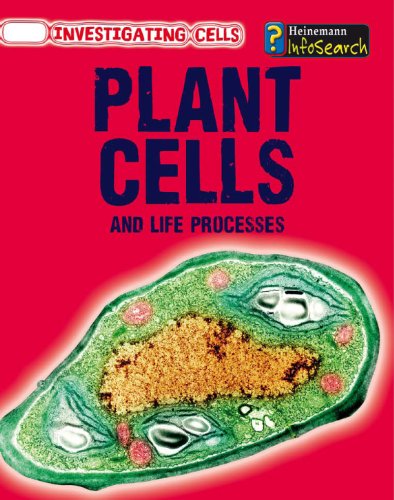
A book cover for Plant Cells and Life Processes (Investigating Cells); Barbara A. Somervill; Children's Books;